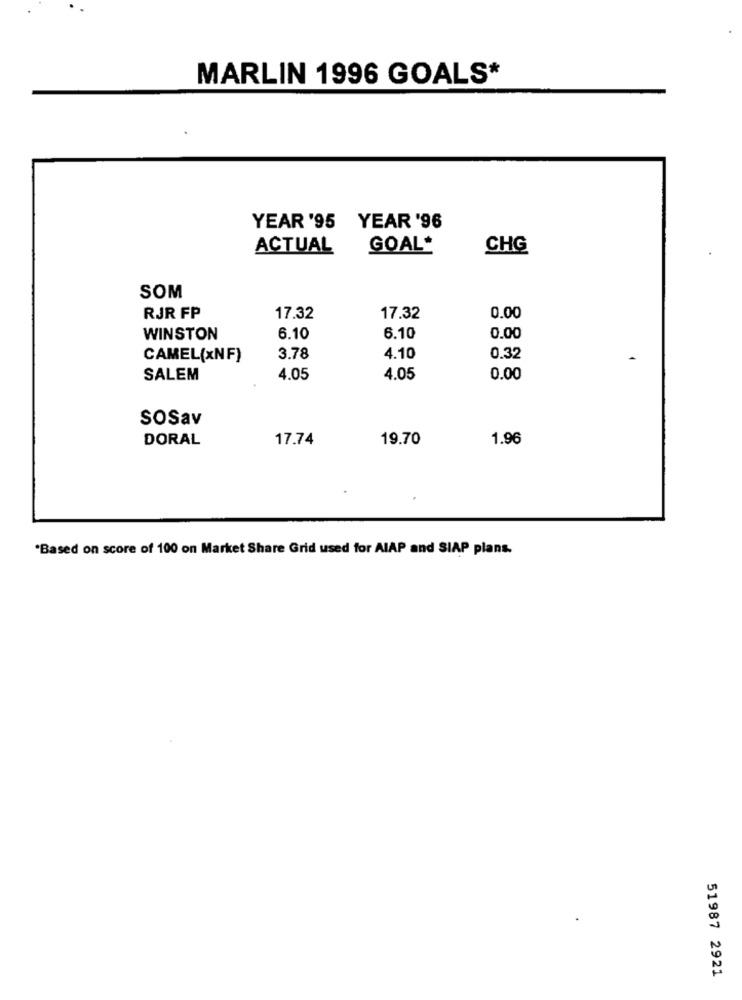
MARLIN 1996 GOALS*
YEAR '95 YEAR '96
ACTUAL
GOAL*
CHG
SOM
RJR FP
17.32
17.32
0.00
WINSTON
6.10
6.10
0.00
CAMEL(xNF)
3.78
4.10
0.32
SALEM
4.05
4.05
0.00
SOSav
DORAL
17.74
19.70
1.96
"Based on score of 100 on Market Share Grid used for AlAP and SIAP plans.
51987 2921